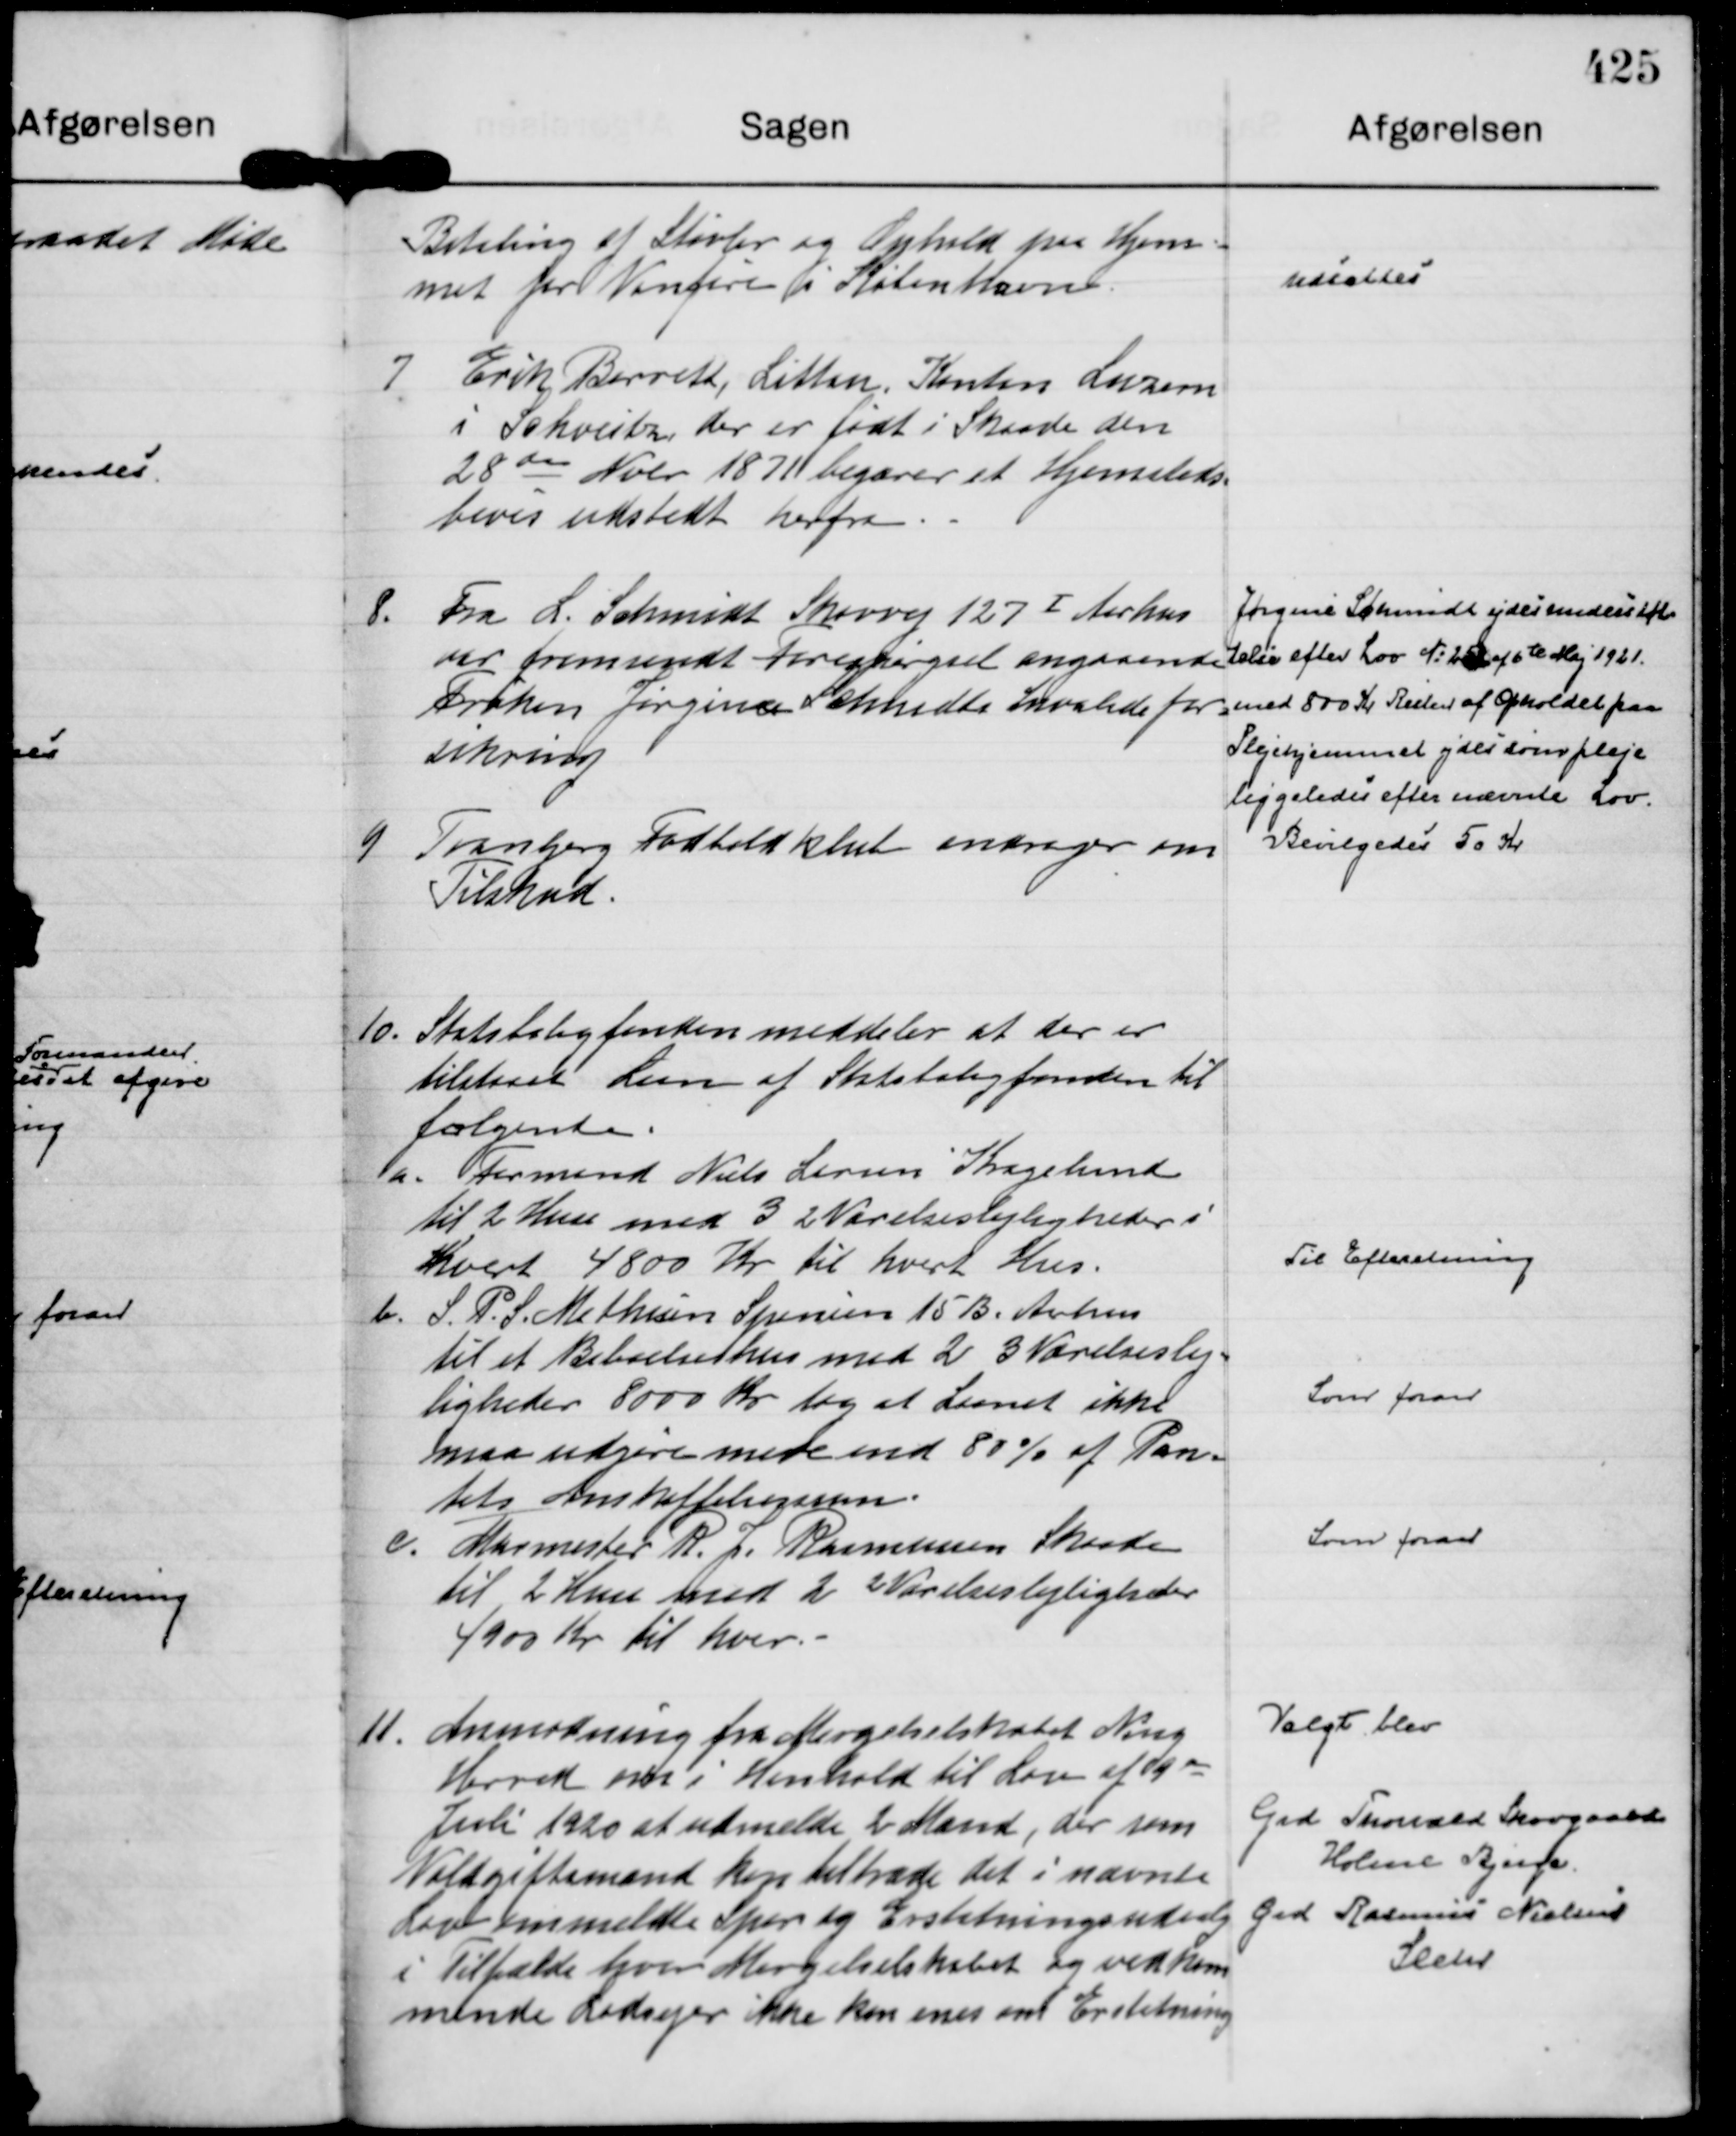
Transskription:
Betaling af Støvler og Ophold paa Hjem=
met for Vanføre i København.

udsættes

7
Erik Barreth, Littan, Kanton Luzern
i Schveitz, der er født i Skaade den
28 de Nobr 1871 begærer et Hjemsteds=
bevis udstedt herfra. -

8.
Fra L. Schmidt Skovvej 127 Ⅰ Aarhus
var fremsendt Forespørgsel angaaende
Frøken Jørgine Schmidts Invalidefor=
sikring

Jørgine Schmidt ydes understøt=
telse efter Lov N: 252 af 6 te Maj 1921.
med 800 Kr Resten af Opholdet paa
Plejehjemmet ydes som pleje
liggeledes efter nævnte Lov.

9
Tranbjerg Fodboldklub andrager om
Tilskud.

Bevilgedes 50 Kr

10.
Statsboligfonden meddeler at der er
tilstaaet Laan af Statsboligfonden til
følgende.
a. Formand Niels Larsen Kragelund
til 2 Huse med 3 2 Værelseslejligheder i 
Hvert 4800 Kr til hvert Hus.
b. S. P. S. Mathisen Spanien 15 B, Aarhus
til et Beboelseshus med 2 3 Værelseslej=
ligheder 8000 Kr dog at Laanet ikke
maa udgøre mere end 80% af Pan=
tets Anskaffelsessum.
c. Murmester R. J. Rasmussen Skaade
til 2 Huse med 2 2 Værelseslejligheder
4900 Kr til hver. -

Til Efteretning
Som foran
Som foran

11.
Anmodning fra Mergelselskabet Ning
Herred om i Henhold til Loven af 9 de
Juli 1920 at udmelde 2 Mænd, der som
Voldgiftsmænd kan tiltræde det i nævnte
Lov ommeldte Spor og Erstatningsudvalg
i Tilfælde hvor Mergelselskabet og vedkom
mende Lodsejer ikke kan enes om Erstatning

Valgt blev
Grd Thorvald Skovgaard
Holme Bjerge.
Grd Rasmus Nielsen
Sleth